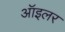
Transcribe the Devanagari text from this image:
ऑइलर